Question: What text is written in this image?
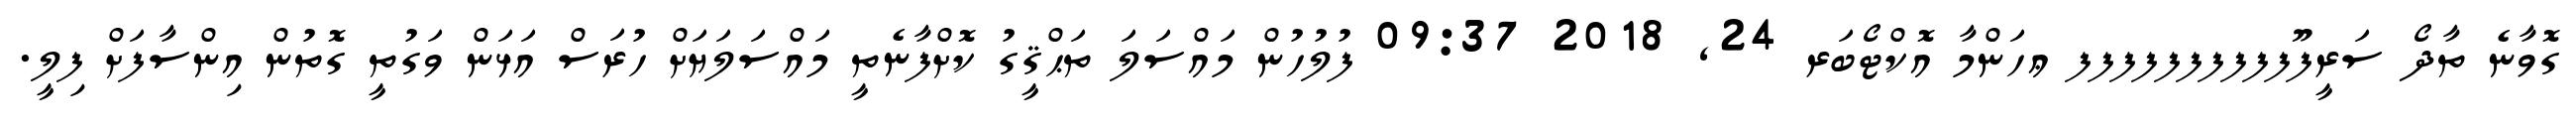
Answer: ގޮވާނެ ތާދޯ ސަރީފޫފފފފފފފފފފ ޢހަންމާ އޮކްޓޯބަރ 24, 2018 09:37 ފުލުހުން މައްސަލަ ތަޙްޤީގު ކޮށްފާނެތީ މައްސަލަޔަށް ހުރަސް އަޅަން ވަގުތީ ގޮތުން އިންސާފަށް ފިލީ.